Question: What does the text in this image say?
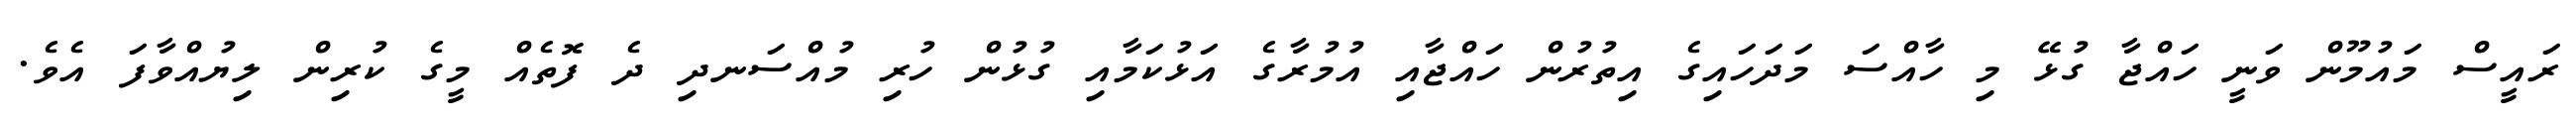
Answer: ރައީސް މައުމޫން ވަނީ ހައްޖާ ގުޅޭ މި ހާއްސަ މަދަހައިގެ އިތުރުން ހައްޖާއި އުމުރާގެ އަޅުކަމާއި ގުޅުން ހުރި މުއްސަނދި ދެ ފޮތެއް މީގެ ކުރިން ލިޔުއްވާފަ އެވެ.